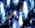
تكتفي